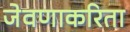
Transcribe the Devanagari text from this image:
जेवणाकरिता